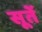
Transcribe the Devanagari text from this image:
सूतें